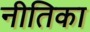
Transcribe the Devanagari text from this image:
नीतिका